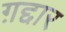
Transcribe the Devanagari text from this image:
ग़द्दार